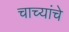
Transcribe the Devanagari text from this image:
चाच्यांचे